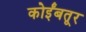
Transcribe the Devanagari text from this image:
कोर्इंबतूर